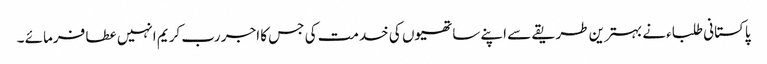
پاکستانی طلباءنے بہترین طریقے سے اپنے ساتھیوں کی خدمت کی جس کا اجر رب کریم انہیں عطا فرمائے ۔